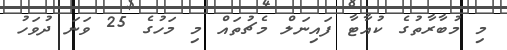
މި މުބާރާތުގެ ކުއާޓާ ފައިނަލް މެޗުތައް މި މަހުގެ 25 ވަނަ ދުވަހު